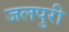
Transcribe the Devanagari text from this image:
जलपुरी